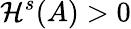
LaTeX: \mathcal{H}^{s}(A)>0